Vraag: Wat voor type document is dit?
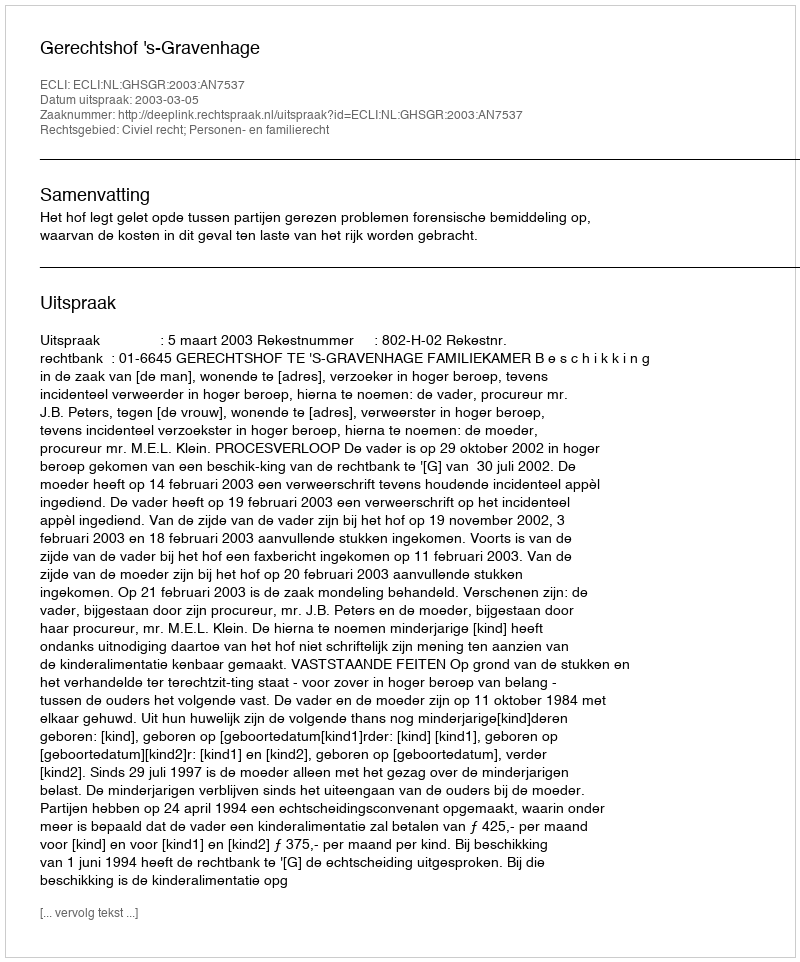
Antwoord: Uitspraak